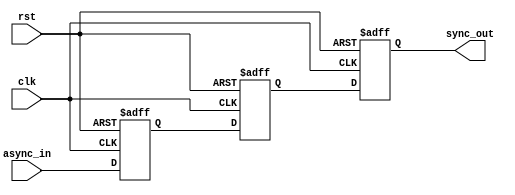
module metastability_detector (
    input wire async_in,     // Asynchronous input signal
    input wire clk,          // Synchronous clock signal
    input wire rst,          // Reset signal
    output reg sync_out      // Synchronized output signal
);

// Internal signals
reg out1;                  // Output of the first flip-flop
reg out2;                  // Output of the second flip-flop

// First Flip-Flop (FF1) - sampling the asynchronous input
always @(posedge clk or posedge rst) begin
    if (rst) begin
        out1 <= 1'b0;       // Initialize FF1 to a known state
    end else begin
        out1 <= async_in;   // Sample asynchronous input
    end
end

// Second Flip-Flop (FF2) - sampling the output of FF1
always @(posedge clk or posedge rst) begin
    if (rst) begin
        out2 <= 1'b0;       // Initialize FF2 to a known state
    end else begin
        out2 <= out1;       // Sample output of FF1
    end
end

// Final output signal
always @(posedge clk or posedge rst) begin
    if (rst) begin
        sync_out <= 1'b0;   // Initialize sync_out to a known state
    end else begin
        sync_out <= out2;   // Provide the synchronized output
    end
end

endmodule